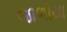
જાળીયા